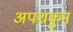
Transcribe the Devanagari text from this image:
अपशकुुन